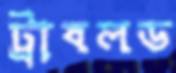
ট্রাবলড